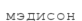
мэдисон